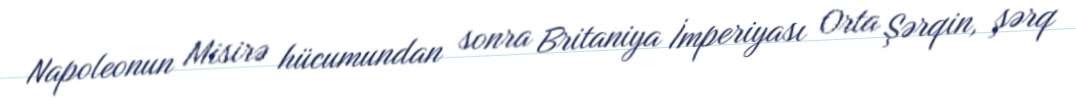
Napoleonun Misirə hücumundan sonra Britaniya İmperiyası Orta Şərqin, şərq